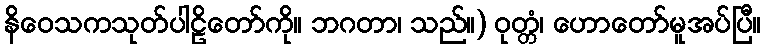
နိဝေသကသုတ်ပါဠိတော်ကို။ ဘဂတာ၊ သည်။) ဝုတ္တံ၊ ဟောတော်မူအပ်ပြီ။